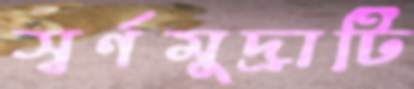
স্বর্ণমুদ্রাটি